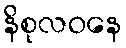
နိစုလဝနေ